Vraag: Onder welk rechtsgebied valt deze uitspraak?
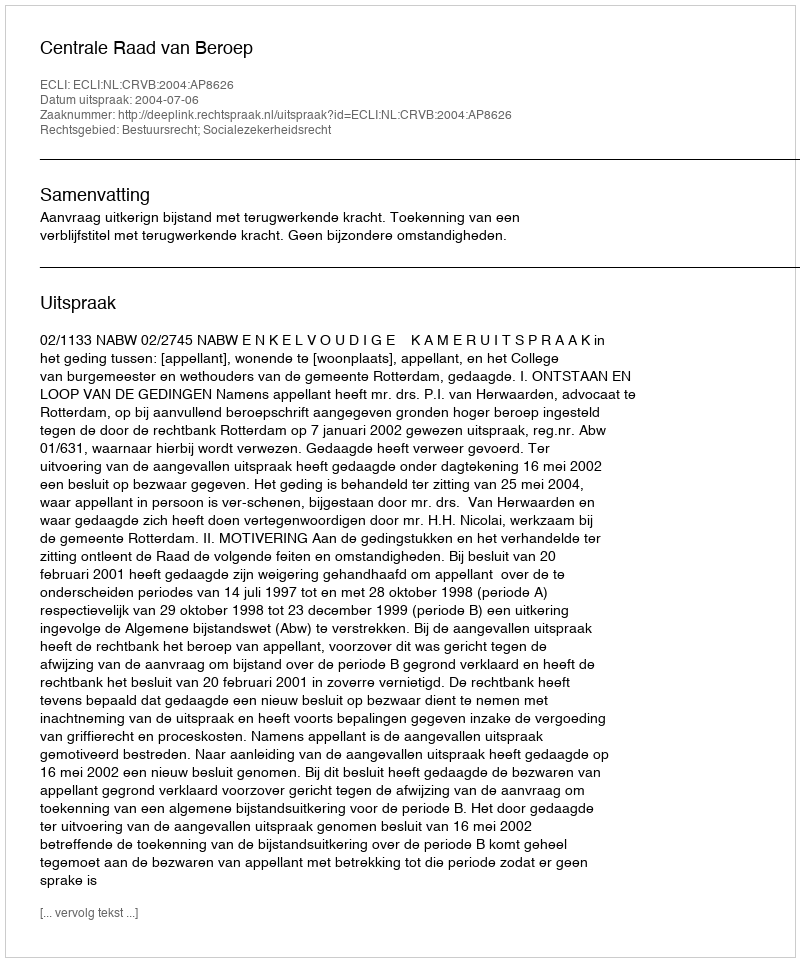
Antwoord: Bestuursrecht; Socialezekerheidsrecht